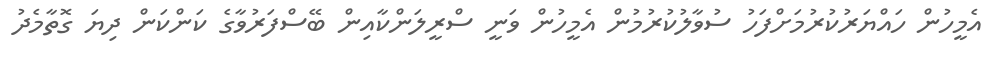
އެމީހުން ހައްޔަރުކުރުމަށްފަހު ސުވާލުކުރުމުން އެމީހުން ވަނީ ސްރީލަންކާއިން ބޭސްފަރުވާގެ ކަންކަން ދިޔަ ގޮތާމެދު